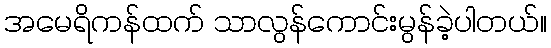
အမေရိကန်ထက် သာလွန်ကောင်းမွန်ခဲ့ပါတယ်။